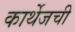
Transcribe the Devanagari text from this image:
कार्थेजची